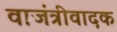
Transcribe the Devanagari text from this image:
वाजंत्रीवादक